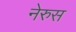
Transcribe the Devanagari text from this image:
नेरुस